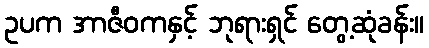
ဥပက အာဇီဝကနှင့် ဘုရားရှင် တွေ့ဆုံခန်း။